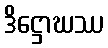
ဒိဋ္ဌောဃဿ